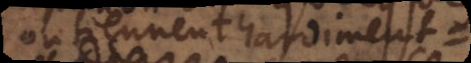
qui soutiennent hardiment